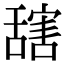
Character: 𦧮